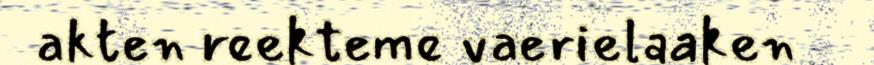
akten reekteme vaerielaaken